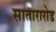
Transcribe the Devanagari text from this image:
सातारारोड